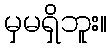
မှမရှိဘူး။